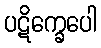
ပဋိက္ခေပေါ